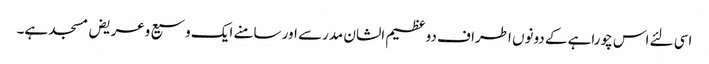
اسی لئے اس چوراہے کے دونوں اطراف دو عظیم الشان مدرسے اور سامنے ایک وسیع وعریض مسجد ہے۔